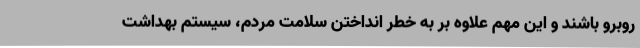
روبرو باشند و این مهم علاوه بر به خطر انداختن سلامت مردم، سیستم بهداشت